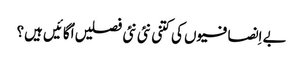
بے اِنصافیوں کی کتنی نئی نئی فصلیں اُگائیں ہیں؟